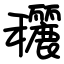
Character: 穲